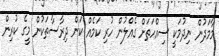
މާމަދުން ނިދުމަކީ ސިއްހަތަށް ގެއްލުން ހުރި ކަމެއް ކަން ދިރާސާތަކުން މީގެ ކުރިން